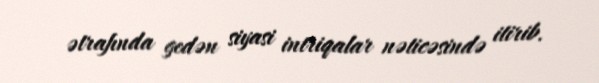
ətrafında gedən siyasi intriqalar nəticəsində itirib.